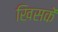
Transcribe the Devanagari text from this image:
खिसकें